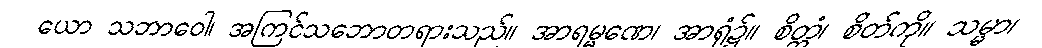
ယော သဘာဝေါ၊ အကြင်သဘောတရားသည်။ အာရမ္မဏေ၊ အာရုံ၌။ စိတ္တံ၊ စိတ်ကို။ သမ္မာ၊